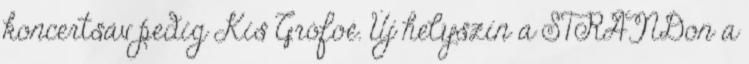
koncertsáv pedig Kis Grófoé. Új helyszín a STRANDon a